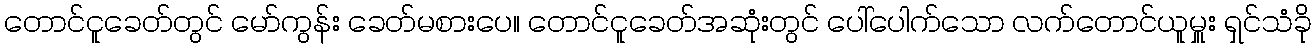
တောင်ငူခေတ်တွင် မော်ကွန်း ခေတ်မစားပေ။ တောင်ငူခေတ်အဆုံးတွင် ပေါ်ပေါက်သော လက်တောင်ယူမှူး ရှင်သံခို